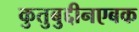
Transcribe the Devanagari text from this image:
कुतुबुद्दीनएबक